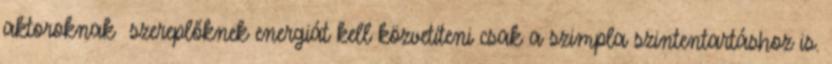
aktoroknak szereplőknek energiát kell közvetíteni csak a szimpla szintentartáshoz is.